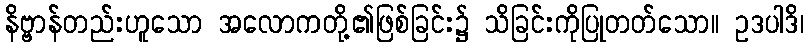
နိဗ္ဗာန်တည်းဟူသော အလောကတို့၏ဖြစ်ခြင်း၌ သိခြင်းကိုပြုတတ်သော။ ဥဒပါဒိ၊